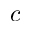
c